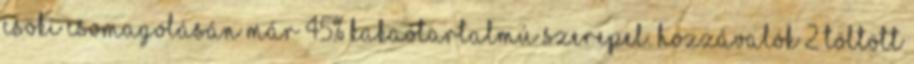
csoki csomagolásán már 45% kakaótartalmú szerepel. Hozzávalók 2 töltött